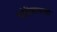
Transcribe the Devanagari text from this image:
चांदीसारखा